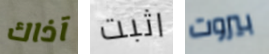
آذاك اثبت بيروت